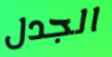
الجدل